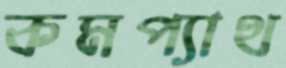
কমপ্যাথ